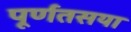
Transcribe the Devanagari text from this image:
पूर्णतसया